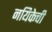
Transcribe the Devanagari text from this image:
नयिकेची